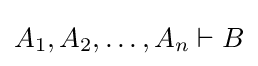
A_{1},A_{2},\ldots ,A_{n}\vdash B